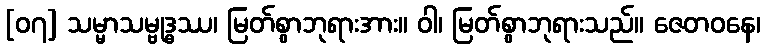
[၀၇] သမ္မာသမ္ဗုဒ္ဓဿ၊ မြတ်စွာဘုရားအား။ ဝါ၊ မြတ်စွာဘုရားသည်။ ဇေတဝနေ၊